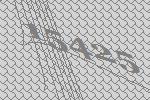
15425